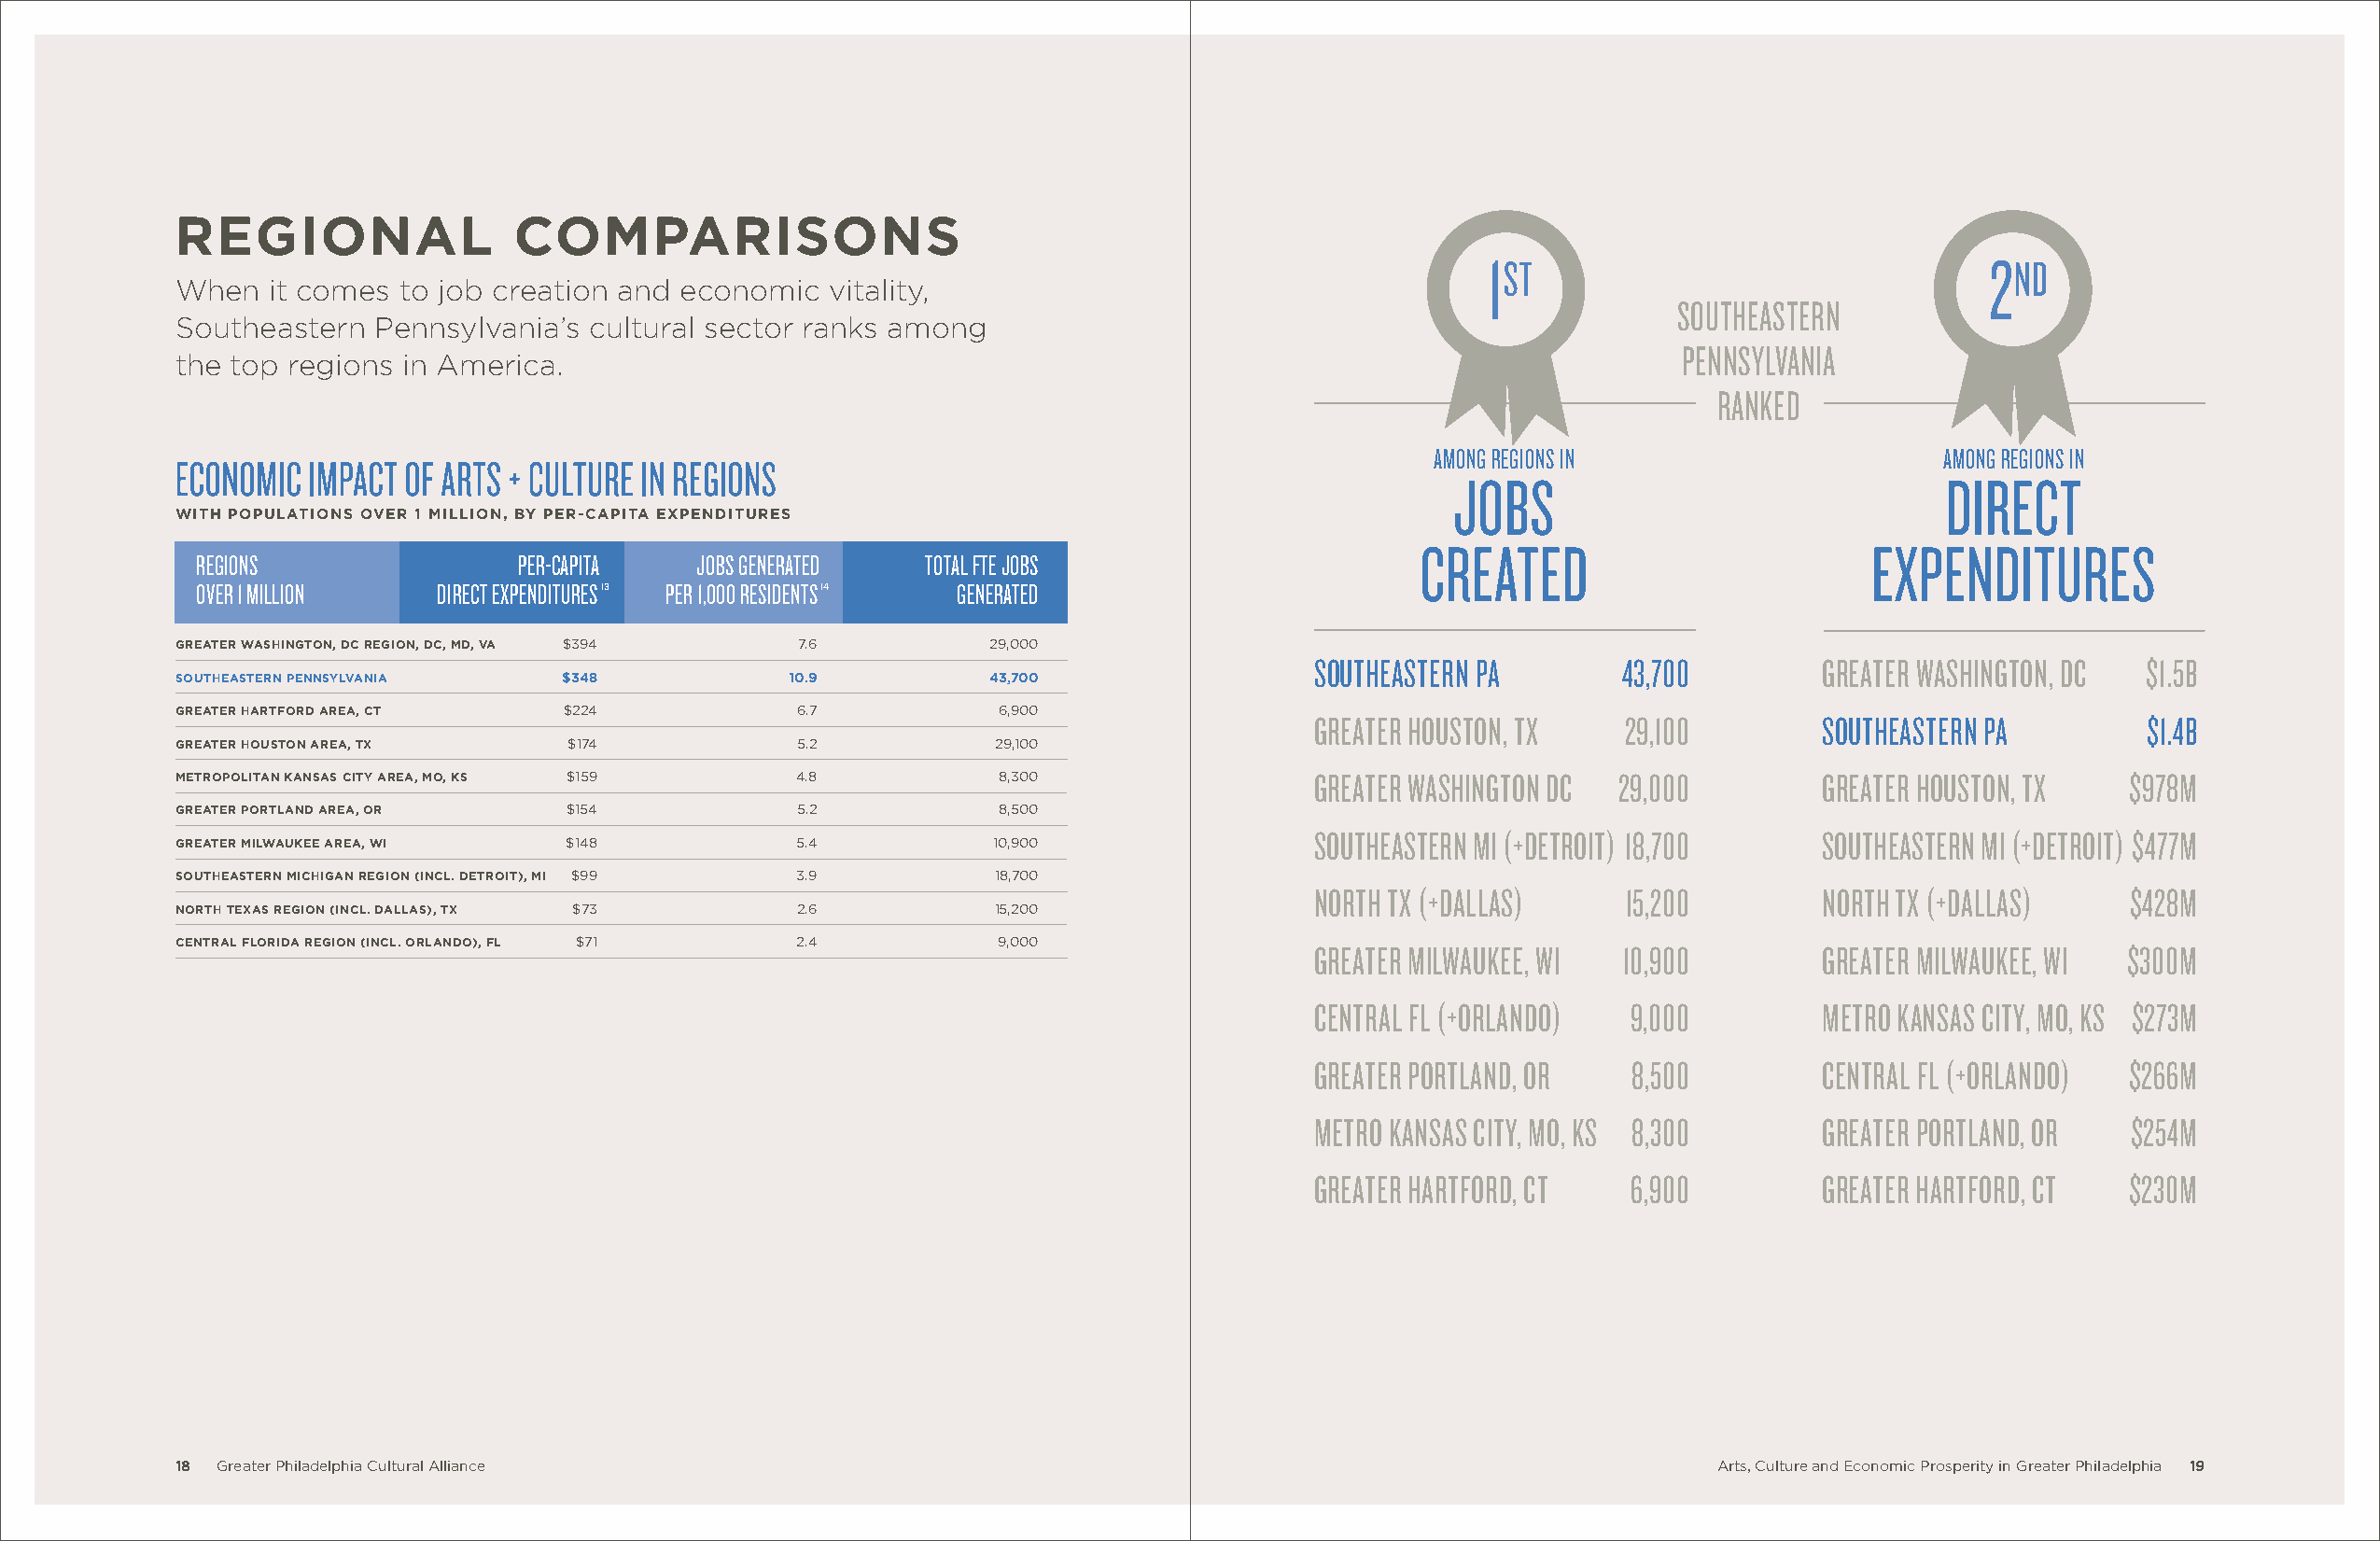
regional                comparisons
 1ST                                2ND
 When   it comes to job creation and economic   vitality,
 SOUTHEASTERN
 Southeastern   Pennsylvania’s cultural sector ranks among
 PENNSYLVANIA
 the top regions  in America.
 RANKED
 AMONG REGIONS IN                    AMONG REGIONS IN
 ECONOMIC  IMPACT OF ARTS + CULTURE IN REGIONS
 JOBS                               DIRECT
 with populations over 1 million, by per-capita expenditures
 CREATED                         EXPENDITURES
 REGIONS                PER-CAPITA  JOBS GENERATED   TOTAL FTE JOBS
 OVER 1 MILLION   DIRECT EXPENDITURES 13 PER 1,000 RESIDENTS1 4 GENERATED
 greater washington, dc region, dc, md, va $394 7.6        29,000
 SOUTHEASTERN PA       43,700        GREATER WASHINGTON, DC $1.5B
 southeastern pennsylvania   $348            10.9          43,700
 greater hartford area, ct   $224             6.7           6,900
 GREATER HOUSTON, TX   29,100        SOUTHEASTERN PA        $1.4B
 greater houston area, tx    $174             5.2           29,100
 metropolitan kansas city area, mo, ks $159  4.8            8,300                 GREATER WASHINGTON DC 29,000        GREATER HOUSTON, TX   $978M
 greater portland area, or   $154             5.2           8,500
 greater milwaukee area, wi  $148            5.4           10,900
 SOUTHEASTERN MI (+DETROIT) 18,700   SOUTHEASTERN MI (+DETROIT) $477M
 southeastern michigan region (incl. detroit), mi $99 3.9   18,700
 NORTH TX (+DALLAS)    15,200        NORTH TX (+DALLAS)    $428M
 north texas region (incl. dallas), tx $73    2.6           15,200
 central florida region (incl. orlando), fl $71 2.4         9,000                 GREATER MILWAUKEE, WI 10,900        GREATER MILWAUKEE, WI $300M
 CENTRAL FL (+ORLANDO)  9,000        METRO KANSAS CITY, MO, KS $273M
 GREATER PORTLAND, OR   8,500        CENTRAL FL (+ORLANDO) $266M
 METRO KANSAS CITY, MO, KS 8,300     GREATER PORTLAND, OR  $254M
 GREATER HARTFORD, CT   6,900        GREATER HARTFORD, CT  $230M
 18 Greater Philadelphia Cultural Alliance                                                                     Arts, Culture and Economic Prosperity in Greater Philadelphia 19